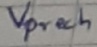
Text: Vprech